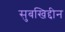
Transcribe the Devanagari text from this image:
सुबखिद्दीन